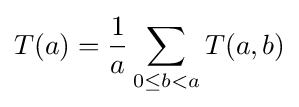
T(a)={\frac {1}{a}}\sum _{0\leq b<a}T(a,b)